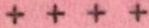
++++